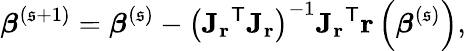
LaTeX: {\boldsymbol{\beta}}^{(\mathfrak{s}+1)}={\boldsymbol{\beta}}^{(\mathfrak{s})}-\left(\mathbf{{J_{r}}}^{\mathsf{{T}}}\mathbf{{J_{r}}}\right)^{-1}\mathbf{{J_{r}}}^{\mathsf{{T}}}\mathbf{{r}}\left({\boldsymbol{\beta}}^{(\mathfrak{s})}\right),